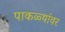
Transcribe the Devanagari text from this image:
पाकळ्यांवर